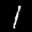
Label: 1